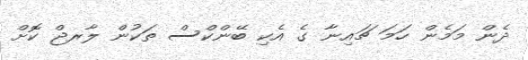
ދެން މަމެން ހަމަ ޗައިނާ ގެ އެކި ބޭންކްސް ތަކުން ލާރޖް ކޮށް